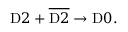
\mathrm { D } 2 + \overline { { { \mathrm { D } 2 } } } \rightarrow \mathrm { D } 0 .